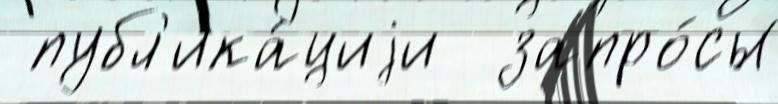
 публ'ика́циjи  запро́сы